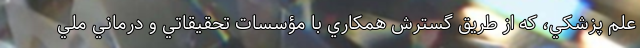
علم پزشکي، که از طریق گسترش همکاري با مؤسسات تحقيقاتي و درماني ملي